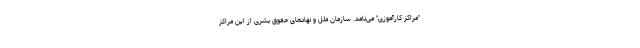
"مراکز کارآموزی" می‌نامد. سازمان‌ ملل و نهادهای حقوق بشری از این مراکز